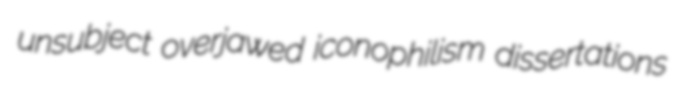
unsubject overjawed iconophilism dissertations